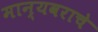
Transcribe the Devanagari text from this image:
मान्यवराचे